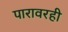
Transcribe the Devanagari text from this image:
पारावरही